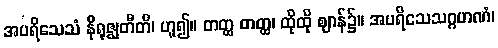
အပရိသေသံ နိရုဇ္ဈတီတိ၊ ဟူ၍။ တတ္ထ တတ္ထ၊ ထိုထို ဈာန်၌။ အပရိသေသဂ္ဂဟဏံ၊